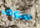
سوف